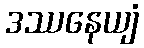
ဒဿနေယျံ